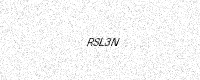
Text: RSL3N